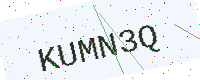
Text: KUMN3Q